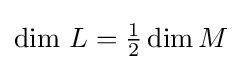
{\text{dim }}L={\tfrac {1}{2}}\dim M